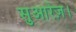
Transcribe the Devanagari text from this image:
सुआरेज़।